Indian Medical Review
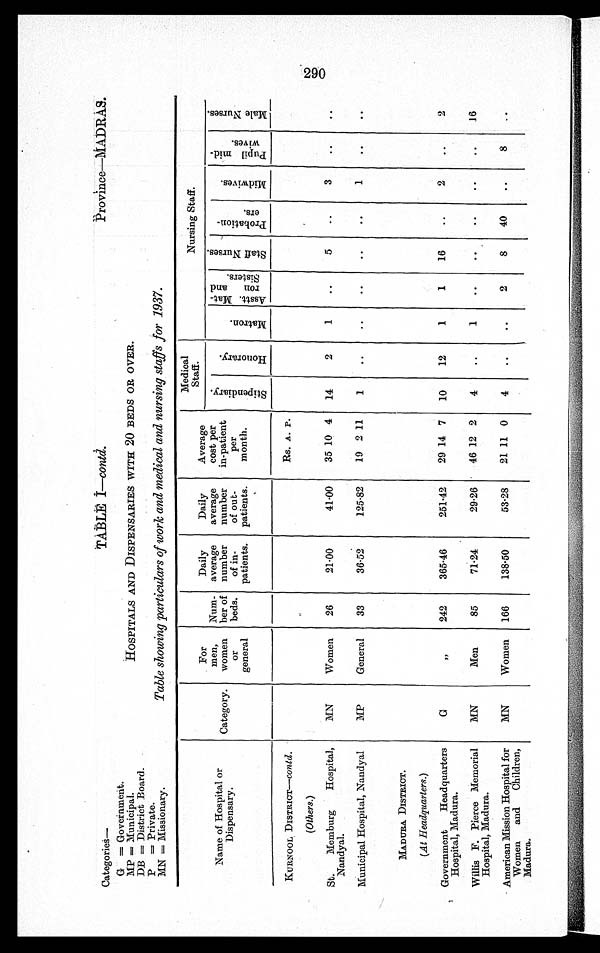
Categories—
TABLE I—contd.
Province—MADRAS.
G = Government.
MP = Municipal.
DB = District Board.
HOSPITALS AND DISPENSARIES WITH 20 BEDS OR OVER.
P = Private.
MN = Missionary.
Table showing particulars of work and medical and nursing staffs for 1937.
Name of Hospital or
Dispensary.
Category.
For
men,
women
or
general
Num.-
ber of
beds.
Daily
average
number
of in-
patients.
Daily
average
number
of out-
patients.
Average
cost per
in-patient
per
month.
Medical
Staff.
Nursing Staff.
M i d w i v e s .
Pupil mid-
wives.
M a l e N u r s e s .
S t i p e n d i a r y .
H o n o r a r y .
M a t r o n .
A s s t . M a t -
r o n a n d
S i s t e r s .
S t a f f N u r s e s .
P r o b a t i o n -
e r s .
KURNOOL DISTRICT—contd.
Rs. A. P.
(Others.)
St Memburg Hospital,
Nandyal.
MN
Women
26
21.00
41.00
35 10 4
14
2
1
..
5
..
3
..
. .
Municipal Hospital, Nandyal
MP
General
33
36.52
125.82
19 2 11
1
..
. .
..
..
..
1
. .
. .
MADURA DISTRICT.
(At Headquarters.)
Government Headquarters
Hospital, Madura.
G
„
242
365.46
251.42
29 14 7
10
12
1
1
16
..
2
..
2
Willis F. Pierce Memorial
Hospital, Madura.
MN
Men
85
71.24
29.26
46 12 2
4
..
. .
. .
. .
..
. .
. .
1 6
American Mission Hospital for
Women and Children,
Madura.
MN
Women
166
138.50
53.28
21 11 0
4
..
..
2
8
40
..
8
. .